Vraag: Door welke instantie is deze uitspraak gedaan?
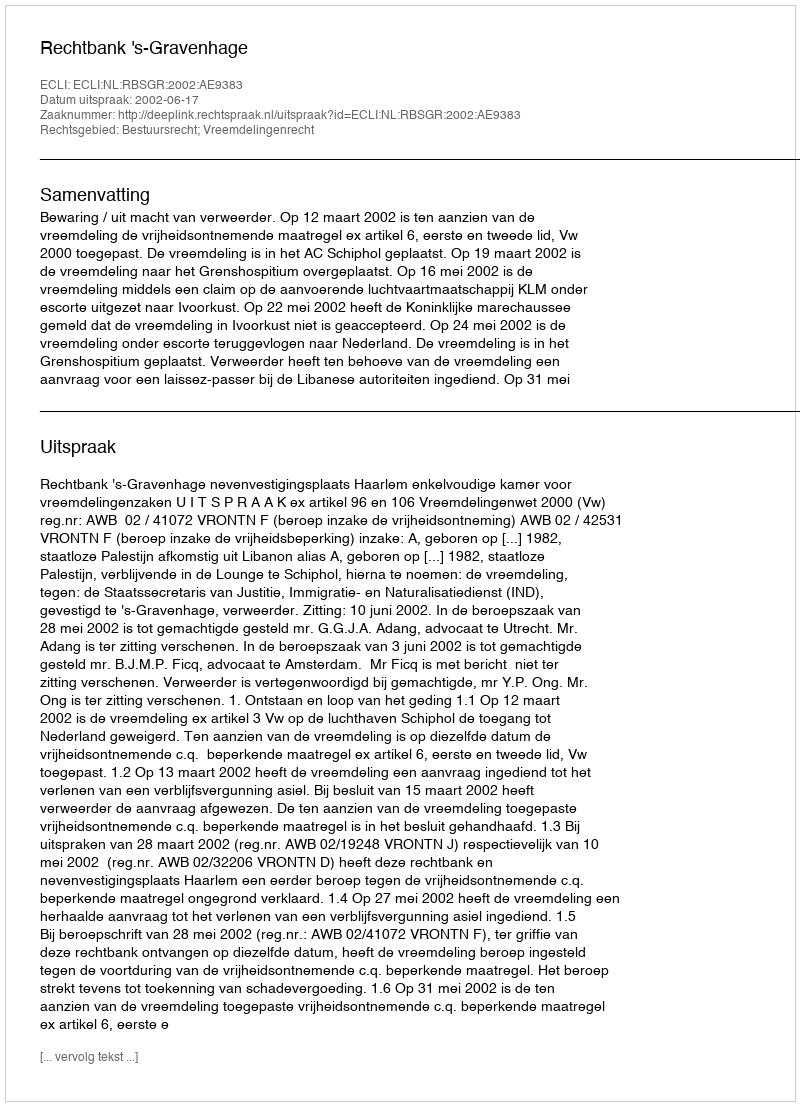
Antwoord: Rechtbank 's-Gravenhage